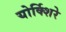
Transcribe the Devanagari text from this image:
योर्क्शिरे